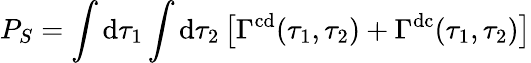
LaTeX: P_{S}=\int\mathrm{d}\tau_{1}\int\mathrm{d}\tau_{2}\left[\Gamma^{\mathrm{cd}}(\tau_{1},\tau_{2})+\Gamma^{\mathrm{dc}}(\tau_{1},\tau_{2})\right]